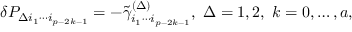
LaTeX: \delta { \cal P } _ { \Delta i _ { 1 } \cdots i _ { p - 2 k - 1 } } = - \tilde { \gamma } _ { i _ { 1 } \cdots i _ { p - 2 k - 1 } } ^ { ( \Delta ) } , \; \Delta = 1 , 2 , \; k = 0 , \ldots , a ,